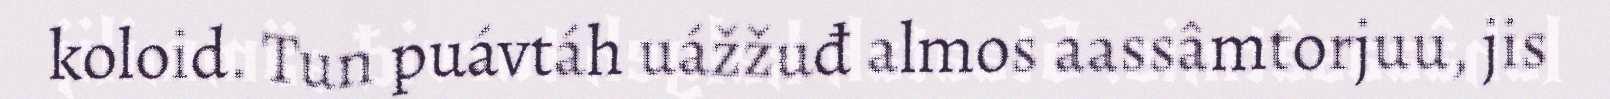
koloid. Tun puávtáh uážžuđ almos aassâmtorjuu, jis